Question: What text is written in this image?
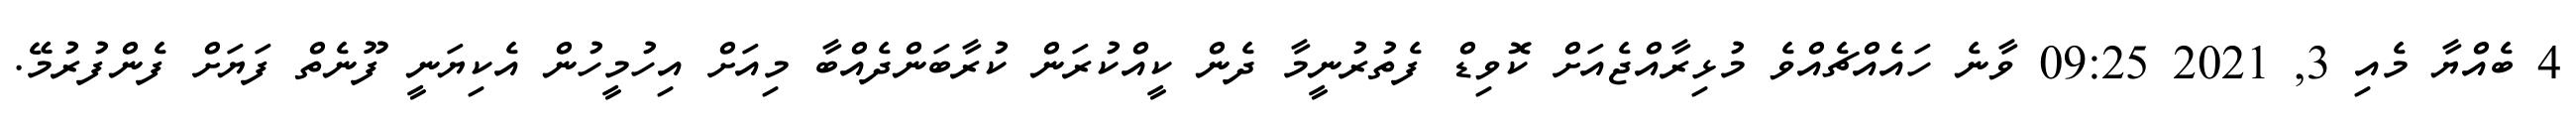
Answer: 4 ބެއްޔާ މެއި 3, 2021 09:25 ވާނެ ހައެއްޗެއްވެ މުޅިރާއްޖެއަށް ކޮވިޑް ފެތުރުނީމާ ދެން ކީއްކުރަން ކުރާބަންދެއްބާ މިއަށް އިހުމީހުން އެކިޔަނީ ފޫނެތް ފަޔަށް ފެންފުރުމޭ.